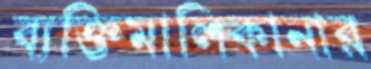
ব্যক্তিমালিকানার